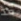
قد